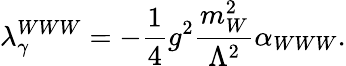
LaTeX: \lambda_{\gamma}^{WWW}=-\frac 14g^{2}\frac{m_{W}^{2}}{\Lambda^{2}}\alpha_{WWW}.